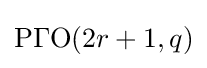
\mathrm {P\Gamma O} (2r+1,q)